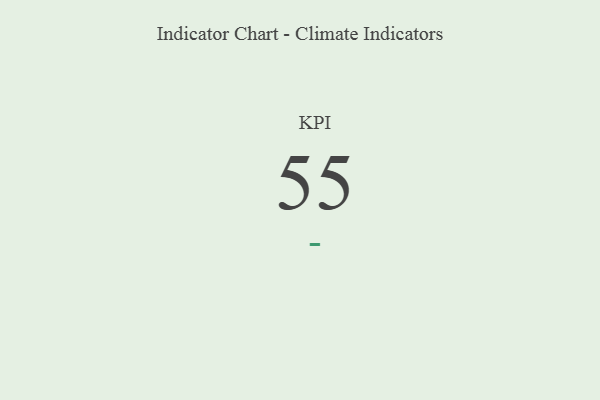
{"axis": {"x": "KPI", "y": "Value"}, "legend": [""], "data": [{"x": "KPI", "y": 55, "type": ""}]}